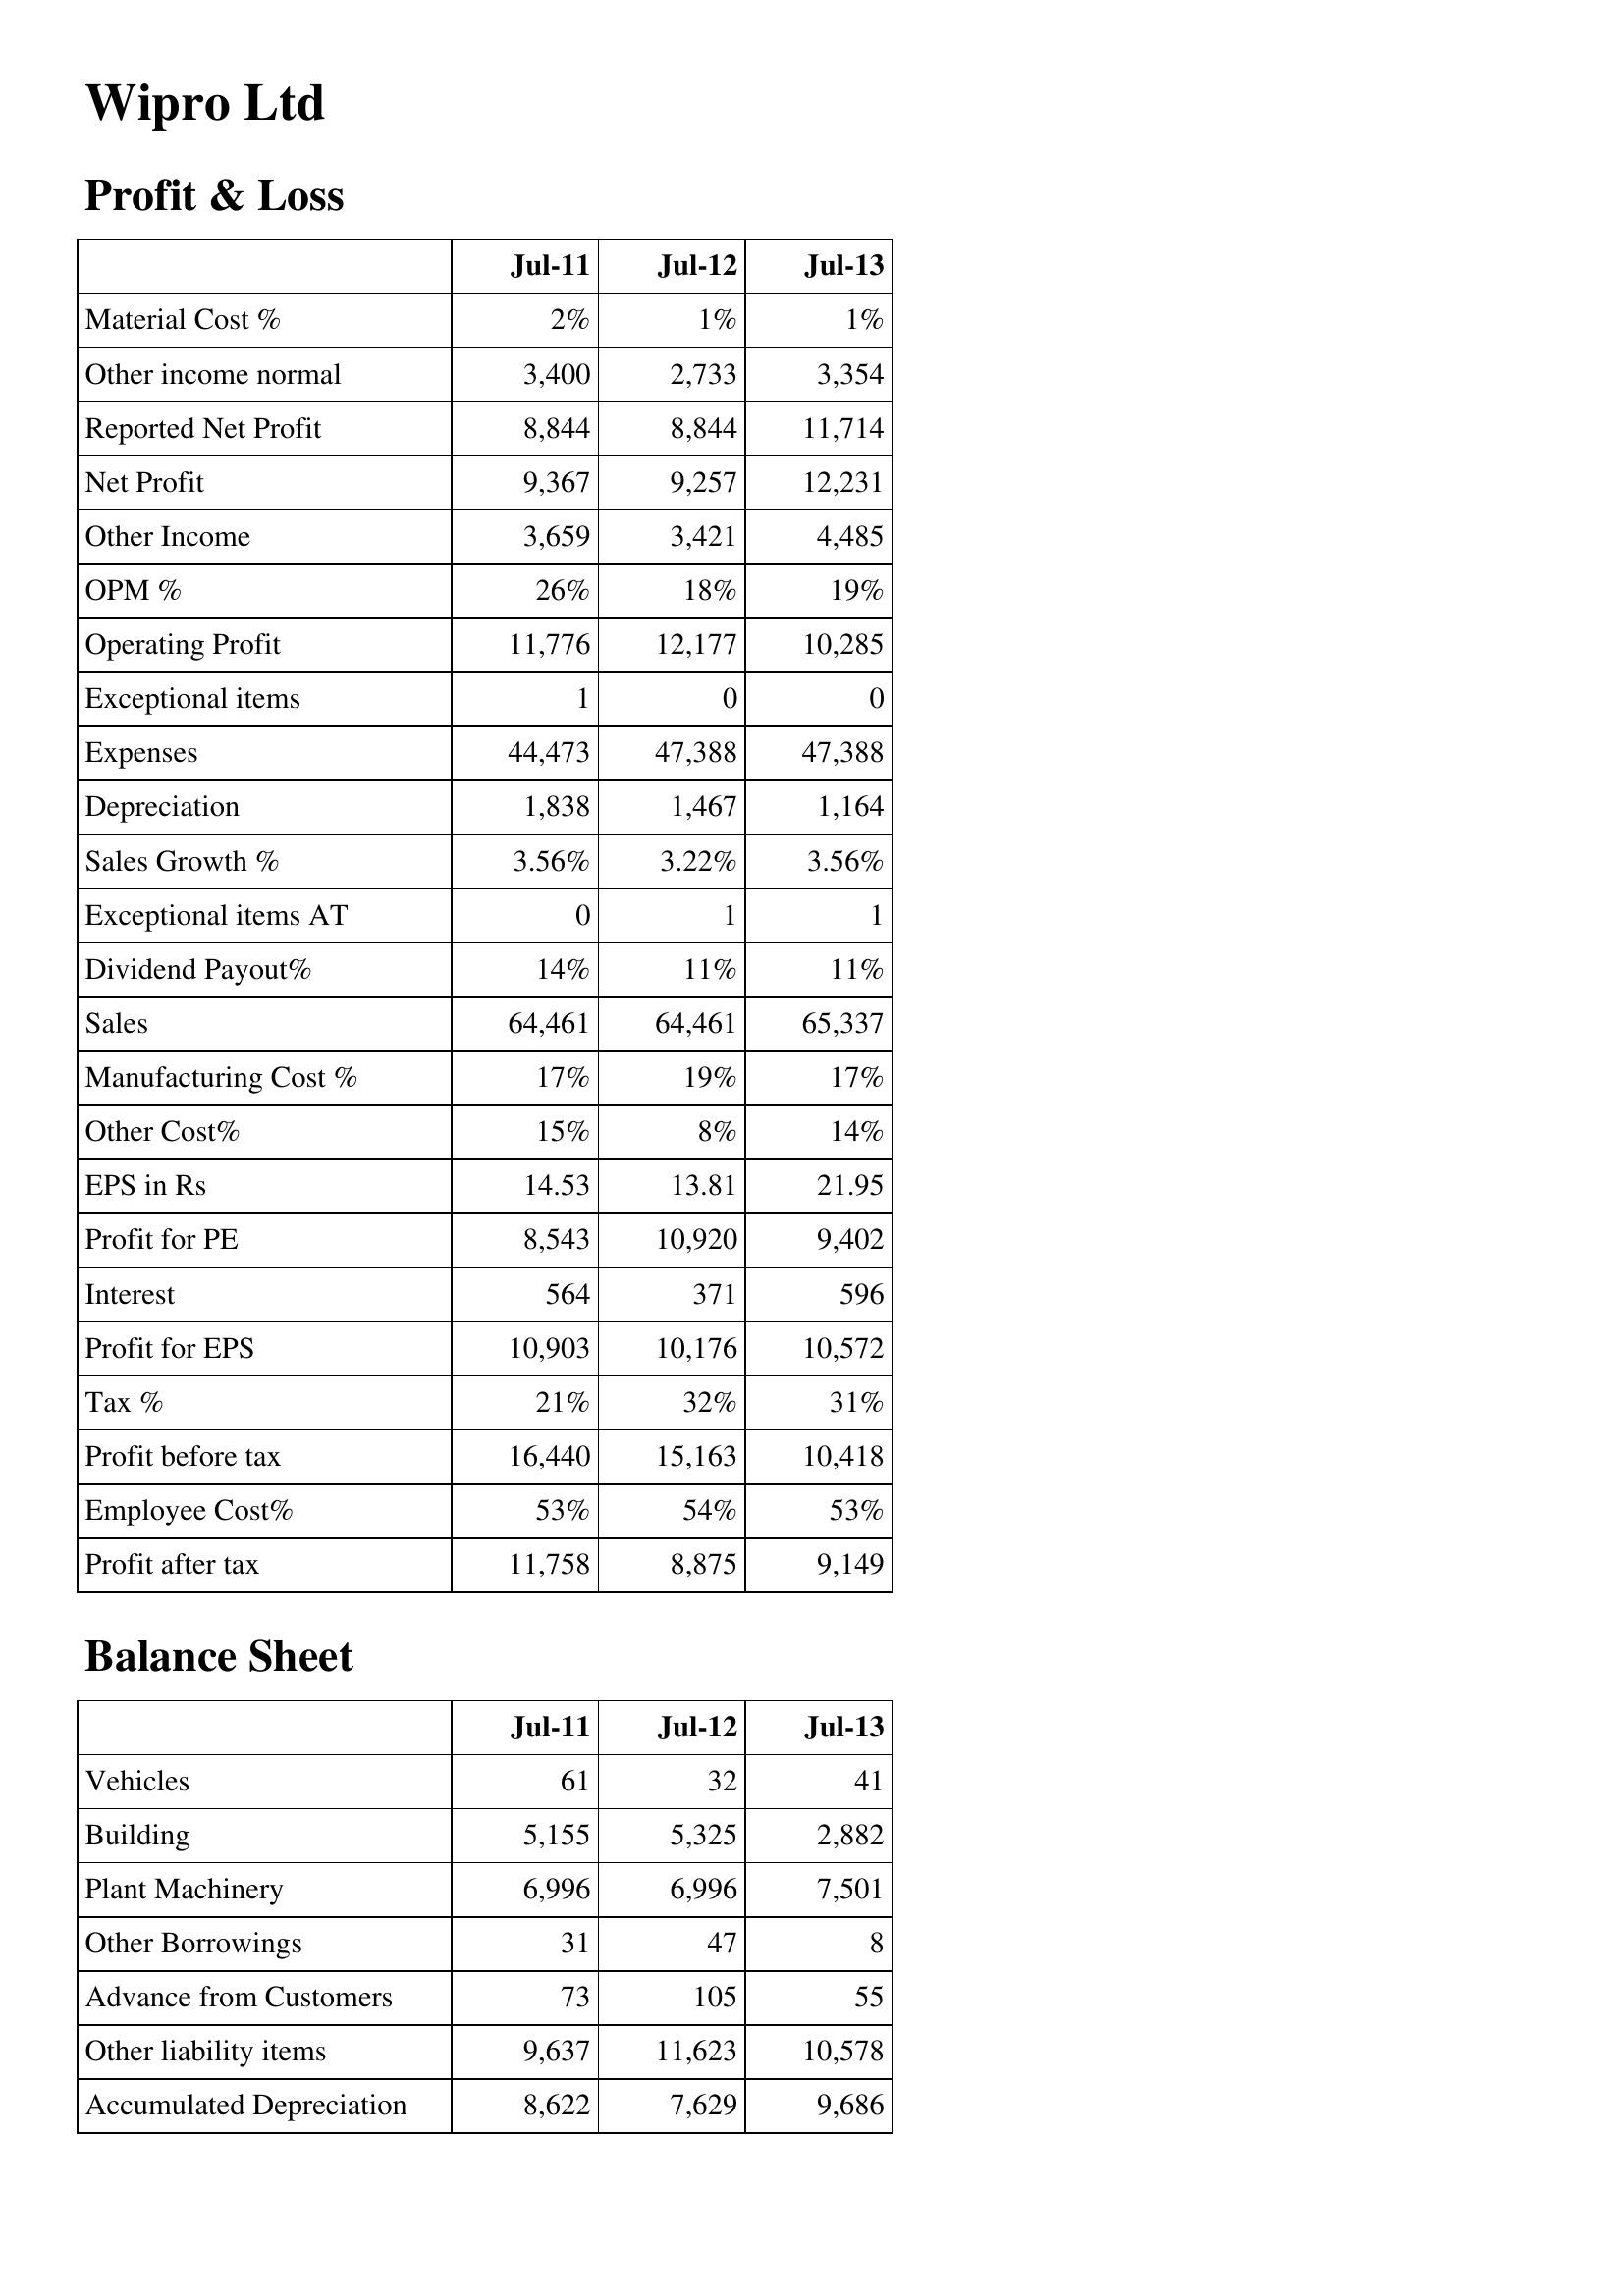
Jul-11: Profit & Loss: Material Cost %: 2%
Other income normal: 3,400
Reported Net Profit: 8,844
Net Profit: 9,367
Other Income: 3,659
OPM %: 26%
Operating Profit: 11,776
Exceptional items: 1
Expenses: 44,473
Depreciation: 1,838
Sales Growth %: 3.56%
Exceptional items AT: 0
Dividend Payout%: 14%
Sales: 64,461
Manufacturing Cost %: 17%
Other Cost%: 15%
EPS in Rs: 14.53
Profit for PE: 8,543
Interest: 564
Profit for EPS: 10,903
Tax %: 21%
Profit before tax: 16,440
Employee Cost%: 53%
Profit after tax: 11,758
Balance Sheet: Vehicles: 61
Building: 5,155
Plant Machinery: 6,996
Other Borrowings: 31
Advance from Customers: 73
Other liability items: 9,637
Accumulated Depreciation: 8,622
Jul-12: Profit & Loss: Material Cost %: 1%
Other income normal: 2,733
Reported Net Profit: 8,844
Net Profit: 9,257
Other Income: 3,421
OPM %: 18%
Operating Profit: 12,177
Exceptional items: 0
Expenses: 47,388
Depreciation: 1,467
Sales Growth %: 3.22%
Exceptional items AT: 1
Dividend Payout%: 11%
Sales: 64,461
Manufacturing Cost %: 19%
Other Cost%: 8%
EPS in Rs: 13.81
Profit for PE: 10,920
Interest: 371
Profit for EPS: 10,176
Tax %: 32%
Profit before tax: 15,163
Employee Cost%: 54%
Profit after tax: 8,875
Balance Sheet: Vehicles: 32
Building: 5,325
Plant Machinery: 6,996
Other Borrowings: 47
Advance from Customers: 105
Other liability items: 11,623
Accumulated Depreciation: 7,629
Jul-13: Profit & Loss: Material Cost %: 1%
Other income normal: 3,354
Reported Net Profit: 11,714
Net Profit: 12,231
Other Income: 4,485
OPM %: 19%
Operating Profit: 10,285
Exceptional items: 0
Expenses: 47,388
Depreciation: 1,164
Sales Growth %: 3.56%
Exceptional items AT: 1
Dividend Payout%: 11%
Sales: 65,337
Manufacturing Cost %: 17%
Other Cost%: 14%
EPS in Rs: 21.95
Profit for PE: 9,402
Interest: 596
Profit for EPS: 10,572
Tax %: 31%
Profit before tax: 10,418
Employee Cost%: 53%
Profit after tax: 9,149
Balance Sheet: Vehicles: 41
Building: 2,882
Plant Machinery: 7,501
Other Borrowings: 8
Advance from Customers: 55
Other liability items: 10,578
Accumulated Depreciation: 9,686